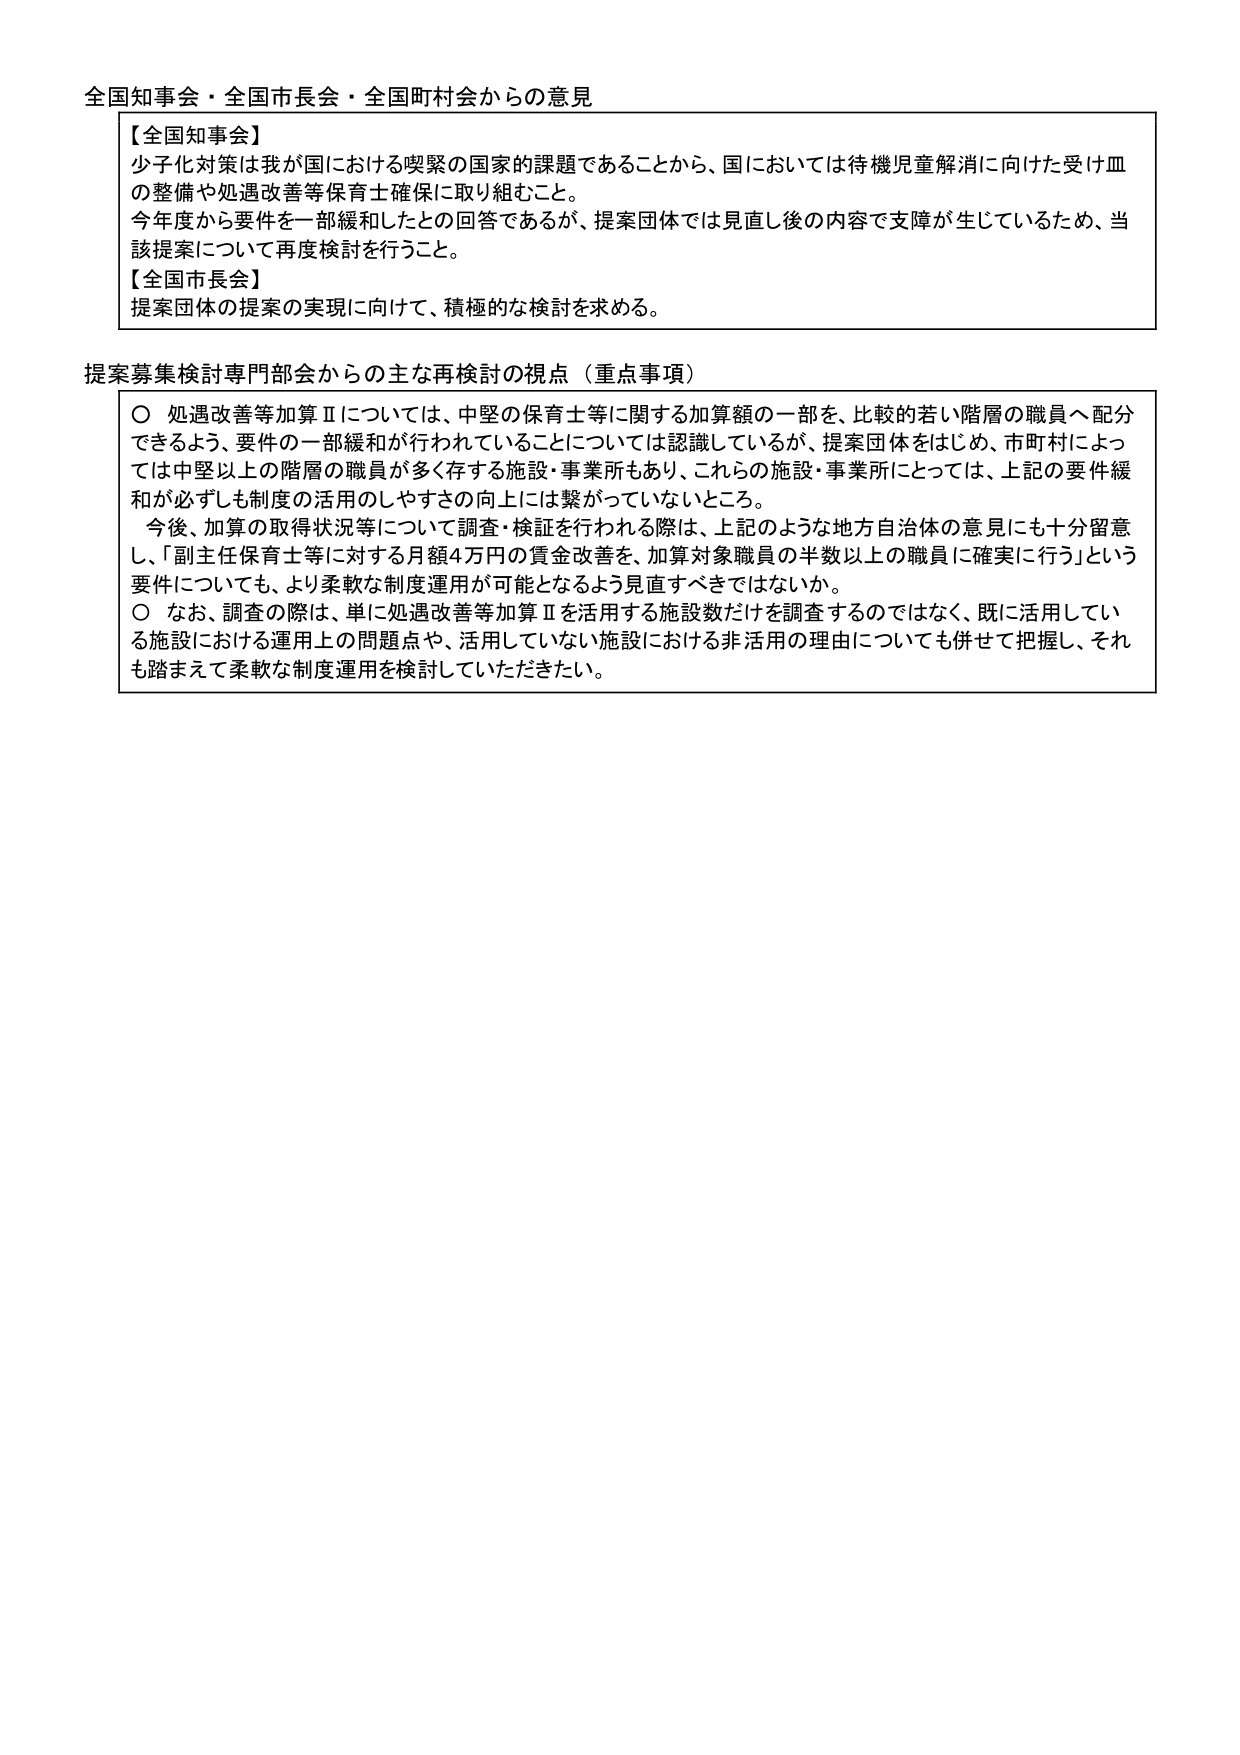
全国知事会・全国市長会・全国町村会からの意見

【全国知事会】
少子化対策は我が国における喫緊の国家的課題であることから、国においては待機児童解消に向けた受け皿の整備や処遇改善等保育士確保に取り組むこと。
今年度から要件を一部緩和したとの回答であるが、提案団体では見直し後の内容で支障が生じているため、当該提案について再度検討を行うこと。

【全国市長会】
提案団体の提案の実現に向けて、積極的な検討を求める。

提案募集検討専門部会からの主な再検討の視点（重点事項）

〇 処遇改善等加算Ⅱについては、中堅の保育士等に関する加算額の一部を、比較的若い階層の職員へ配分できるよう、要件の一部緩和が行われていることについては認識しているが、提案団体をはじめ、市町村によっては中堅以上の階層の職員が多く存する施設・事業所もあり、これらの施設・事業所にとっては、上記の要件緩和が必ずしも制度の活用のしやすさの向上には繋がっていないところ。
　今後、加算の取得状況等について調査・検証を行われる際は、上記のような地方自治体の意見にも十分留意し、「副主任保育士等に対する月額4万円の賃金改善を、加算対象職員の半数以上の職員に確実に行う」という要件についても、より柔軟な制度運用が可能となるよう見直すべきではないか。

〇 なお、調査の際は、単に処遇改善等加算Ⅱを活用する施設数だけを調査するのではなく、既に活用している施設における運用上の問題点や、活用していない施設における非活用の理由についても併せて把握し、それも踏まえて柔軟な制度運用を検討していただきたい。